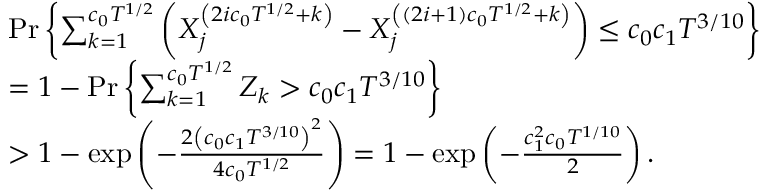
\begin{array} { r l } & { \operatorname* { P r } \left\{ \sum _ { k = 1 } ^ { c _ { 0 } T ^ { 1 / 2 } } \left( X _ { j } ^ { \left( 2 i c _ { 0 } T ^ { 1 / 2 } + k \right) } - X _ { j } ^ { \left( ( 2 i + 1 ) c _ { 0 } T ^ { 1 / 2 } + k \right) } \right) \leq c _ { 0 } c _ { 1 } T ^ { 3 / 1 0 } \right\} } \\ & { = 1 - \operatorname* { P r } \left\{ \sum _ { k = 1 } ^ { c _ { 0 } T ^ { 1 / 2 } } Z _ { k } > c _ { 0 } c _ { 1 } T ^ { 3 / 1 0 } \right\} } \\ & { > 1 - \exp \left( - \frac { 2 \left( c _ { 0 } c _ { 1 } T ^ { 3 / 1 0 } \right) ^ { 2 } } { 4 c _ { 0 } T ^ { 1 / 2 } } \right) = 1 - \exp \left( - \frac { c _ { 1 } ^ { 2 } c _ { 0 } T ^ { 1 / 1 0 } } { 2 } \right) . } \end{array}